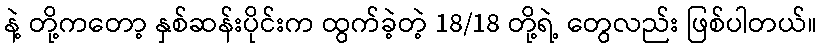
နဲ့ တို့ကတော့ နှစ်ဆန်းပိုင်းက ထွက်ခဲ့တဲ့ 18/18 တို့ရဲ့ တွေလည်း ဖြစ်ပါတယ်။